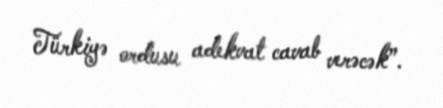
Türkiyə ordusu adekvat cavab verəcək”.